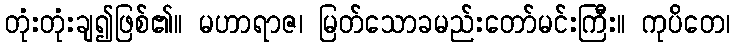
တုံးတုံးချ၍ဖြစ်၏။ မဟာရာဇ၊ မြတ်သောခမည်းတော်မင်းကြီး။ ကုပိတေ၊